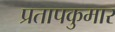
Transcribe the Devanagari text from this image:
प्रतापकुमार